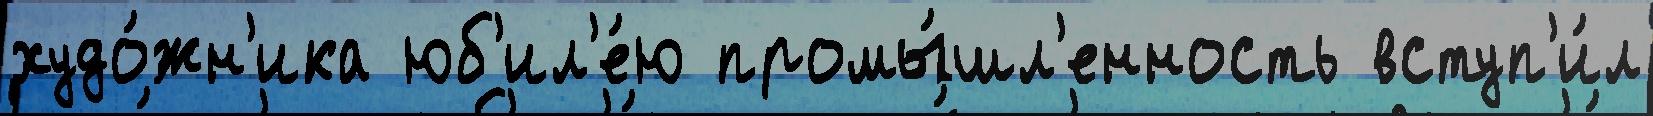
худо́жн'ика юб'ил'е́ю промы́шл'енность вступ'и́л